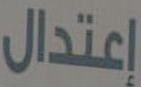
إعتدال